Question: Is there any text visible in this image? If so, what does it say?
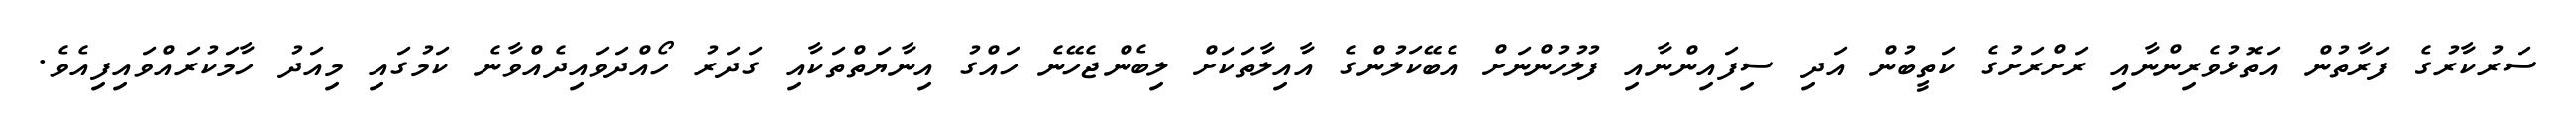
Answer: ސަރުކާރުގެ ފަރާތުން އަތޮޅުވެރިންނާއި ރަށްރަށުގެ ކަތީބުން އަދި ސިފައިންނާއި ފުލުހުންނަށް އެބޭކަލުންގެ އާއިލާތަކަށް ލިބެންޖެހޭނެ ހައްގު އިނާޔަތްތަކާއި ގަދަރު ހޯއްދަވައިދެއްވާނެ ކަމުގައި މިއަދު ހާމަކުރައްވައިފިއެވެ.